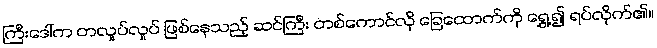
ကြီးဒေါ်က တလှုပ်လှုပ် ဖြစ်နေသည့် ဆင်ကြီး တစ်ကောင်လို ခြေထောက်ကို ရွှေ့၍ ရပ်လိုက်၏။